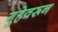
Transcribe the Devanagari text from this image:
गुहेवरून